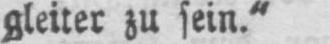
gleiter zu sein.“